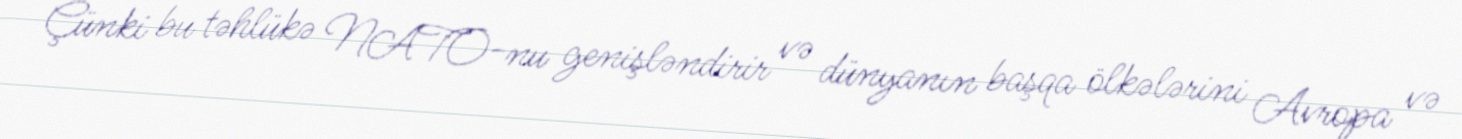
Çünki bu təhlükə NATO-nu genişləndirir və dünyanın başqa ölkələrini Avropa və